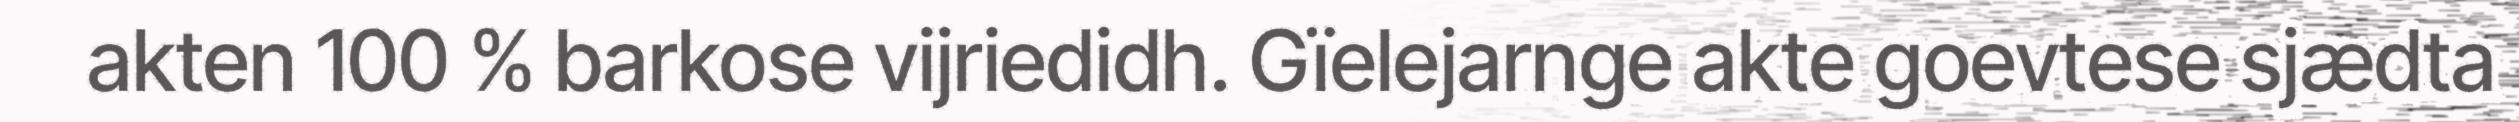
akten 100 % barkose vijriedidh. Gïelejarnge akte goevtese sjædta